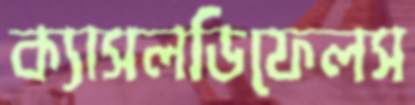
ক্যাসলডিফেলস